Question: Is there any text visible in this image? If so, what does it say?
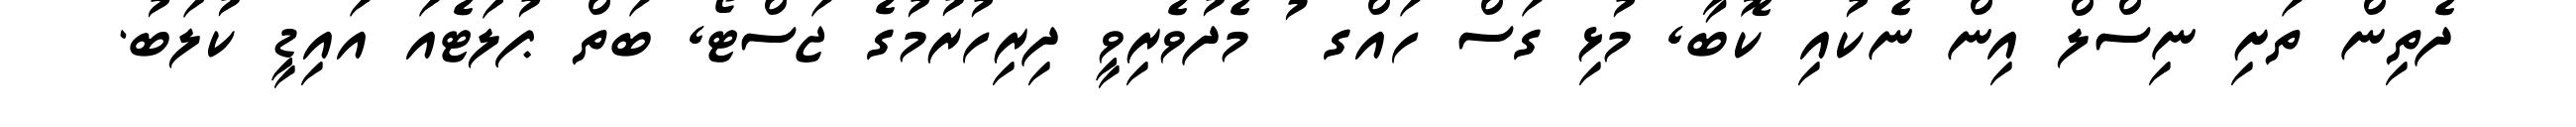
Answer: ދެތިން ތަށި ނިސްލް އިން ނެކުއި ކޮބާ, މުޅި ގަސް ހައްގ ު މެދުވެރިވީ ދިރިހުރުމުގެ ޖަސްޓޯ, ބަތް ޕުލަޓެއަ އައިޑީ ކުލަބު.